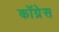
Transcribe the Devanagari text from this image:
काॅग्रेेस